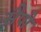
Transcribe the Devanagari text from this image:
सैपो